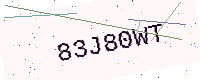
Text: 83J80WT